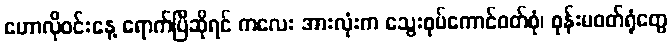
ဟောလိုဝင်းနေ့ ရောက်ပြီဆိုရင် ကလေး အားလုံးက သွေးစုပ်ကောင်ဝတ်စုံ၊ စုန်းမဝတ်ရုံတွေ